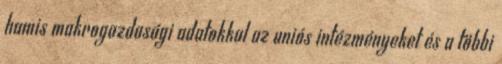
hamis makrogazdasági adatokkal az uniós intézményeket és a többi